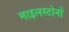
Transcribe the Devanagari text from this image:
माइलस्टोनों